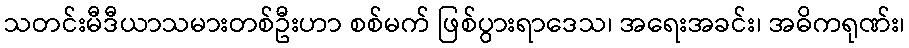
သတင်းမီဒီယာသမားတစ်ဦးဟာ စစ်မက် ဖြစ်ပွားရာဒေသ၊ အရေးအခင်း၊ အဓိကရုဏ်း၊